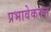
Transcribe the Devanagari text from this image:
प्रभावेकरुन